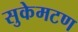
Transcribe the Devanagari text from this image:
सुकेमटण